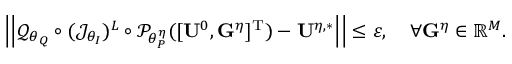
{ \left\vert \left\vert \mathcal { Q } _ { \theta _ { Q } } \circ ( \mathcal { J } _ { \theta _ { I } } ) ^ { L } \circ \mathcal { P } _ { \theta _ { P } ^ { \eta } } ( [ \mathbf { U } ^ { 0 } , \mathbf { G } ^ { \eta } ] ^ { \mathrm { T } } ) - \mathbf { U } ^ { \eta , * } \right\vert \right\vert } \leq \varepsilon , \quad \forall \mathbf { G } ^ { \eta } \in \mathbb { R } ^ { M } .